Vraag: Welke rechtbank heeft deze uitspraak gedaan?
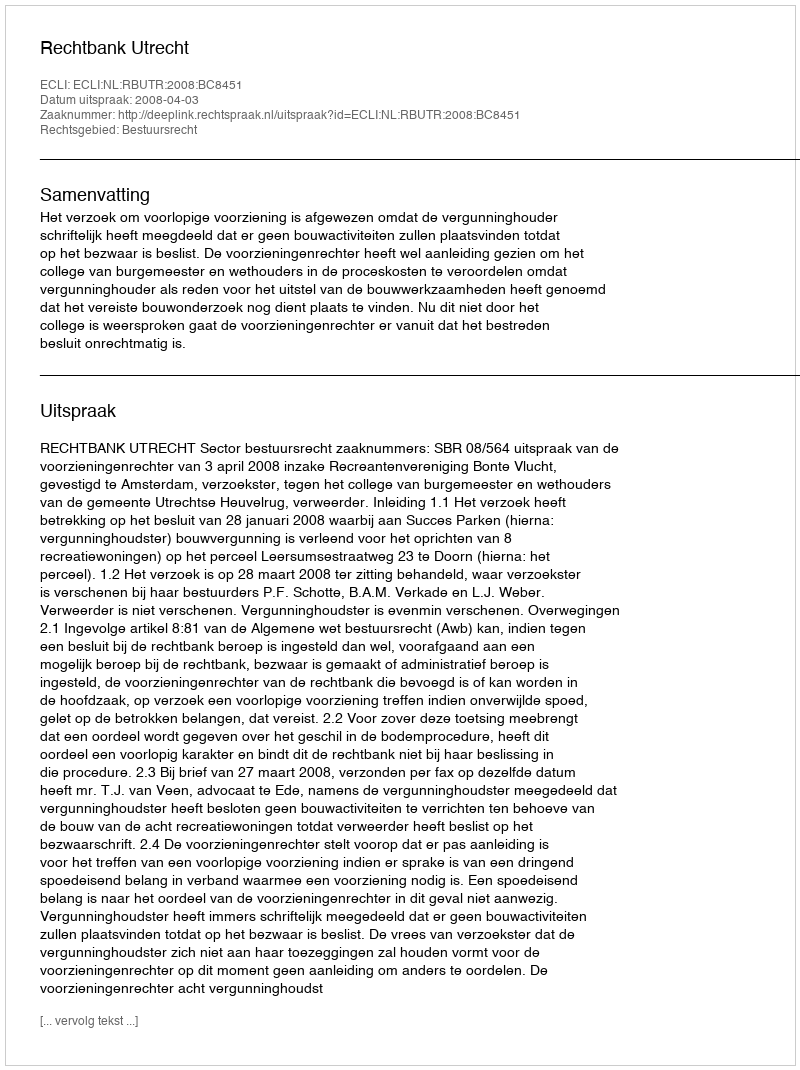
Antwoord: Rechtbank Utrecht